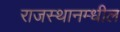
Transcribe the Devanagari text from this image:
राजस्थानम्धील